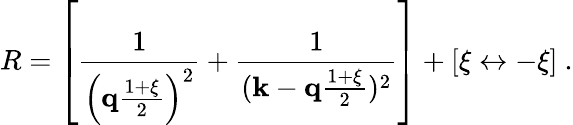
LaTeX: R=\left[{\frac{1}{\left({\mathbf q}{\frac{1+\xi}{2}}\right)^{2}}}+{\frac{1}{({\mathbf k}-{\mathbf q}{\frac{1+\xi}{2}})^{2}}}\right]+[\xi\leftrightarrow-\xi]\ .